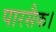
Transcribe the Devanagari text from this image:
पारसैक।